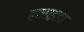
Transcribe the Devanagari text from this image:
हनाइडा